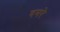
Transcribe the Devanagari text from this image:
दमरे